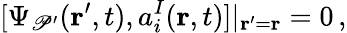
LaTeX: [\Psi_{\mathscr{P}^{\prime}}({\mathbf{r}}^{\prime},t),a_{i}^{I}({\mathbf{r}},t)]|_{{\mathbf{r}}^{\prime}={\mathbf{r}}}=0\, ,